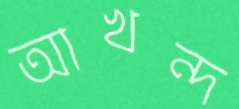
আখন্দ